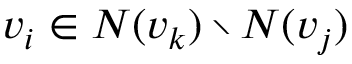
v _ { i } \in N ( v _ { k } ) \setminus N ( v _ { j } )